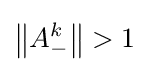
\left\|A_{-}^{k}\right\|>1